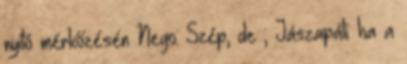
nyitó mérkőzésén Nego: Szép, de ; Jászapáti: ha a